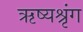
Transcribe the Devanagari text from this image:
ऋष्यश्रृंग